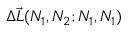
\Delta \vec { L } ( N _ { 1 } , N _ { 2 } ; N _ { 1 } , N _ { 1 } )